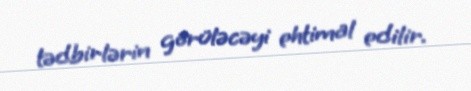
tədbirlərin görüləcəyi ehtimal edilir.